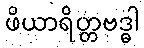
ဖိယာရိတ္တဗဒ္ဓါ